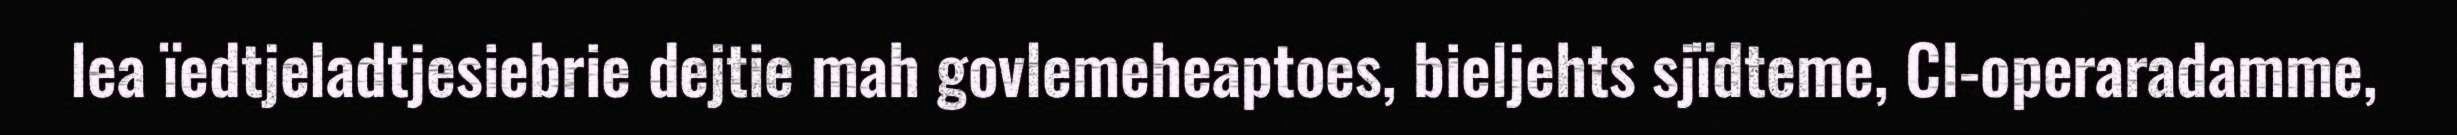
lea ïedtjeladtjesiebrie dejtie mah govlemeheaptoes, bieljehts sjïdteme, CI-operaradamme,